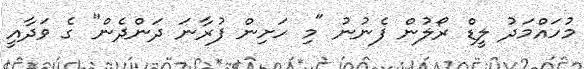
މުހައްމަދު ލީޑް ރޯލުން ފެނުނު "މި ހަށިން ފުރާނަ ދަންދެން" ގެ ވަދާއީ